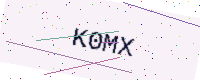
Text: K0MX